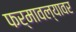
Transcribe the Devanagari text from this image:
फर्मावल्यावर